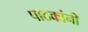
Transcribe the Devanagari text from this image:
पाठकांनी